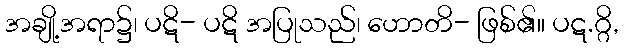
အချို့အရာ၌၊ ပဋိ- ပဋိ အပြုသည်၊ ဟောတိ- ဖြစ်၏။ ပဋ.ဂ္ဂိ,